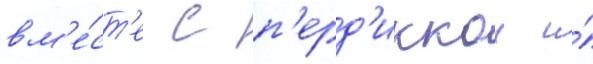
вм'е́ст'е с п'ерд'иккои и́